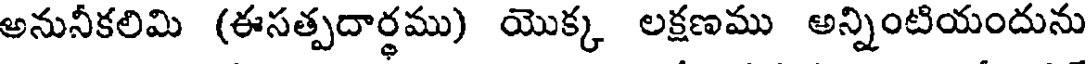
అనునీకలిమి (ఈసత్పదార్థము) యొక్క లక్షణము అన్నింటియందును